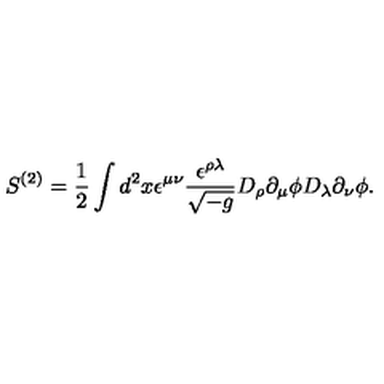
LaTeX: S ^ { ( 2 ) } = \frac { 1 } { 2 } \int d ^ { 2 } x \epsilon ^ { \mu \nu } \frac { \epsilon ^ { \rho \lambda } } { \sqrt { - g } } D _ { \rho } \partial _ { \mu } \phi D _ { \lambda } \partial _ { \nu } \phi .